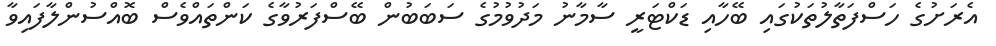
އެރަށުގެ ހަސްފަތާލުތަކުގައި ބޭހާއި ޑަކްޓަރީ ސާމާނު މަދުވުމުގެ ސަބަބުން ބޭސްފަރުވާގެ ކަންތައްވެސް ބޮއްސުންލާފައިވާ